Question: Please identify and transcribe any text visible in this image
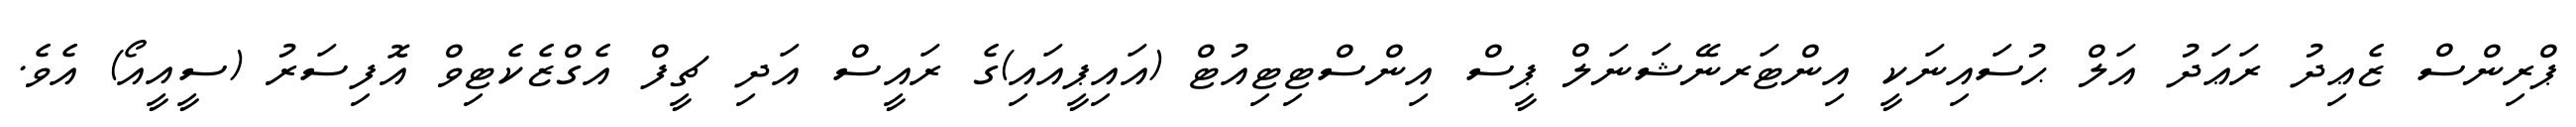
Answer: ޕްރިންސް ޒެޢިދު ރަޢަދު އަލް ޙުސައިނަކީ އިންޓަރނޭޝަނަލް ޕީސް އިންސްޓިޓިއުޓް (އައިޕީއައި)ގެ ރައީސް އަދި ޗީފް އެގްޒެކެޓިވް އޮފިސަރު (ސީއީއޯ) އެވެ.